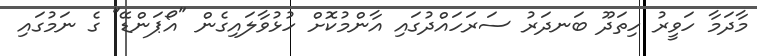
މާދަމާ ހަވީރު ހިތަދޫ ބަނދަރު ސަރަހައްދުގައި އާންމުކޮށް ހުޅުވާލައިގެން "އޯޕަންޑޭ" ގެ ނަމުގައި